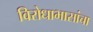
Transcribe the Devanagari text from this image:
विरोधाभासांचा